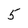
Character: 5